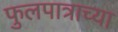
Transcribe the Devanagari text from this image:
फुलपात्राच्या